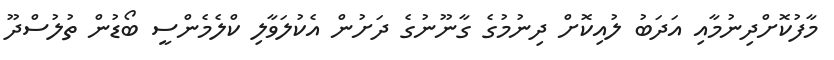
މާފުކޮށްދިނުމާއި އަދަބު ލުއިކޮށް ދިނުމުގެ ގާނޫނުގެ ދަށުން އެކުލަވާލި ކްލެމެންސީ ބޯޑުން ތުލުސްދޫ